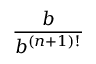
\frac { b } { b ^ { ( n + 1 ) ! } }